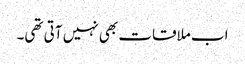
اب ملاقات بھی نہیں آتی تھی۔